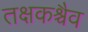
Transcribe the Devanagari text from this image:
तक्षकश्चैव